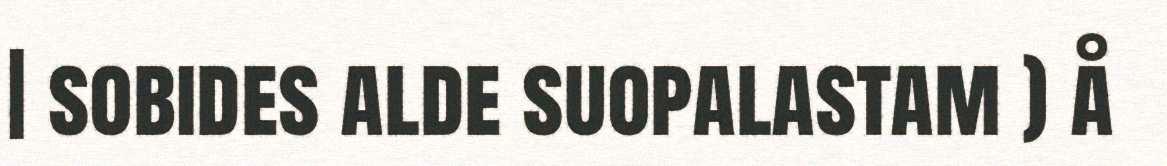
| sobides alde suopalastam ) å